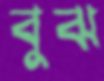
বুঝ